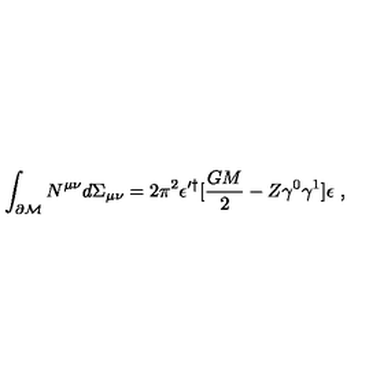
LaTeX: \int _ { \partial { \cal M } } N ^ { \mu \nu } d \Sigma _ { \mu \nu } = 2 \pi ^ { 2 } \epsilon ^ { \prime \dagger } [ { \frac { G M } { 2 } } - Z \gamma ^ { 0 } \gamma ^ { 1 } ] \epsilon \ ,